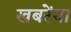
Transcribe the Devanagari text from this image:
खबरेंया